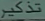
تذكر